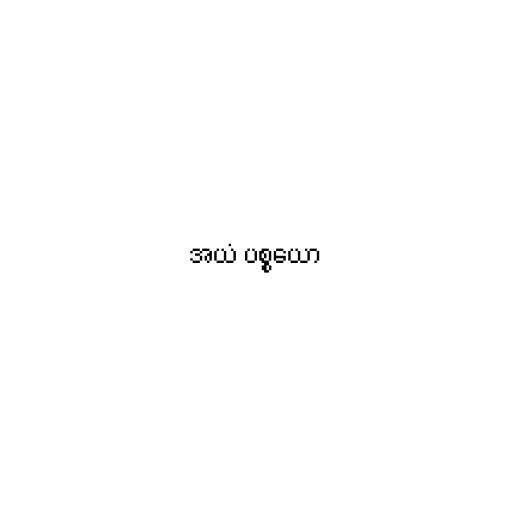
အယံ ပစ္စယော